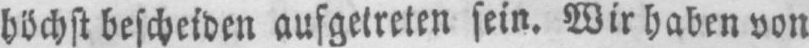
höchst bescheiden aufgetreten sein. Wir haben von